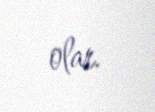
olar.